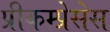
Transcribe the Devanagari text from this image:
प्रीकम्प्रेसेस